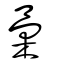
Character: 彙